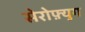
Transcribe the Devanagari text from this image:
सेरोफ़्युग